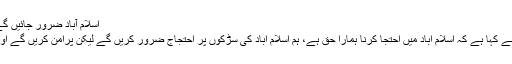
اسلام آباد ضرور جائیں‌ گے،استعفیٰ‌ لیے بغیر واپس نہیں‌ آئیں‌ گے، عمران -
لاہور: تحریک انصاف کے چیئرمین عمران خان نے کہا ہے کہ اسلام آباد میں احتجا کرنا ہمارا حق ہے، ہم اسلام آباد کی سڑکوں پر احتجاج ضرور کریں گے لیکن پرامن کریں گے اور وزیراعظم کے استعفیٰ تک واپس نہیں آئیں گے۔